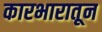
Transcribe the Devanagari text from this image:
कारभारातून